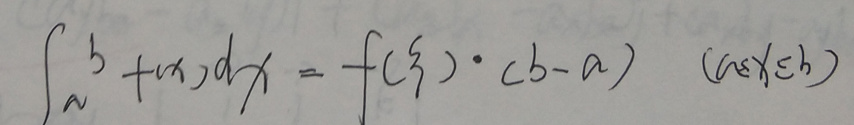
\[
\int_{a}^{b} f(x)dx = f(\xi)\cdot (b - a) \quad (a\leqslant\xi\leqslant b)
\]